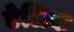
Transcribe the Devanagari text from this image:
डेलिक